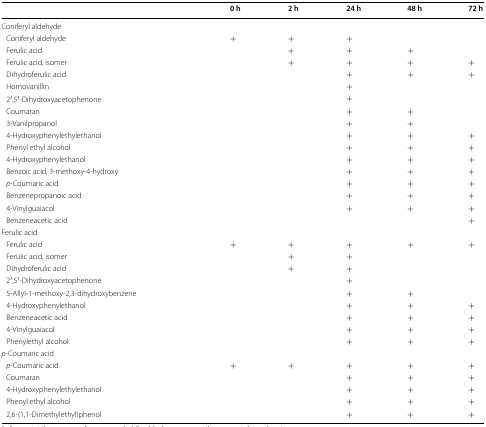
<table><thead><tr><td></td><td></td><td></td><td><b>0 h</b></td><td><b>2 h</b></td><td><b>24 h</b></td><td><b>48 h</b></td><td><b>72 h</b></td></tr></thead><tbody><tr><td colspan="8">Coniferyl aldehyde</td></tr><tr><td colspan="2"> Coniferyl aldehyde</td><td></td><td>+</td><td>+</td><td>+</td><td></td><td></td></tr><tr><td colspan="2"> Ferulic acid</td><td></td><td></td><td>+</td><td>+</td><td>+</td><td></td></tr><tr><td colspan="2"> Ferulic acid, isomer</td><td></td><td></td><td>+</td><td>+</td><td>+</td><td>+</td></tr><tr><td colspan="2"> Dihydroferulic acid</td><td></td><td></td><td></td><td>+</td><td>+</td><td>+</td></tr><tr><td colspan="2"> Homovanillin</td><td></td><td></td><td></td><td>+</td><td></td><td></td></tr><tr><td colspan="2"> 2′,5′-Dihydroxyacetophenone</td><td></td><td></td><td></td><td>+</td><td></td><td></td></tr><tr><td colspan="2"> Coumaran</td><td></td><td></td><td></td><td>+</td><td>+</td><td></td></tr><tr><td colspan="2"> 3-Vanilpropanol</td><td></td><td></td><td></td><td>+</td><td>+</td><td></td></tr><tr><td colspan="2"> 4-Hydroxyphenylethylethanol</td><td></td><td></td><td></td><td>+</td><td>+</td><td>+</td></tr><tr><td> Phenyl ethyl alcohol</td><td></td><td></td><td></td><td></td><td>+</td><td>+</td><td>+</td></tr><tr><td colspan="2"> 4-Hydroxyphenylethanol</td><td></td><td></td><td></td><td>+</td><td>+</td><td>+</td></tr><tr><td colspan="2"> Benzoic acid, 3-methoxy-4-hydroxy</td><td></td><td></td><td></td><td>+</td><td>+</td><td>+</td></tr><tr><td> <i>p</i>-Coumaric acid</td><td></td><td></td><td></td><td></td><td>+</td><td>+</td><td>+</td></tr><tr><td colspan="2"> Benzenepropanoic acid</td><td></td><td></td><td></td><td>+</td><td>+</td><td>+</td></tr><tr><td colspan="2"> 4-Vinylguaiacol</td><td></td><td></td><td></td><td>+</td><td>+</td><td>+</td></tr><tr><td> Benzeneacetic acid</td><td></td><td></td><td></td><td></td><td></td><td></td><td>+</td></tr><tr><td colspan="8">Ferulic acid</td></tr><tr><td colspan="2"> Ferulic acid</td><td></td><td>+</td><td>+</td><td>+</td><td>+</td><td>+</td></tr><tr><td colspan="2"> Ferulic acid, isomer</td><td></td><td></td><td>+</td><td>+</td><td></td><td></td></tr><tr><td colspan="2"> Dihydroferulic acid</td><td></td><td></td><td>+</td><td>+</td><td></td><td></td></tr><tr><td colspan="2"> 2′,5′-Dihydroxyacetophenone</td><td></td><td></td><td></td><td>+</td><td></td><td></td></tr><tr><td colspan="3"> 5-Allyl-1-methoxy-2,3-dihydroxybenzene</td><td></td><td></td><td>+</td><td>+</td><td></td></tr><tr><td colspan="2"> 4-Hydroxyphenylethanol</td><td></td><td></td><td></td><td>+</td><td>+</td><td>+</td></tr><tr><td> Benzeneacetic acid</td><td></td><td></td><td></td><td></td><td>+</td><td>+</td><td>+</td></tr><tr><td colspan="2"> 4-Vinylguaiacol</td><td></td><td></td><td></td><td>+</td><td>+</td><td>+</td></tr><tr><td colspan="2"> Phenylethyl alcohol</td><td></td><td></td><td></td><td>+</td><td>+</td><td>+</td></tr><tr><td colspan="8"><i>p</i>-Coumaric acid</td></tr><tr><td colspan="2"> <i>p</i>-Coumaric acid</td><td></td><td>+</td><td>+</td><td>+</td><td>+</td><td>+</td></tr><tr><td colspan="2"> Coumaran</td><td></td><td></td><td></td><td>+</td><td>+</td><td>+</td></tr><tr><td colspan="2"> 4-Hydroxyphenylethylethanol</td><td></td><td></td><td></td><td>+</td><td>+</td><td>+</td></tr><tr><td> Phenyl ethyl alcohol</td><td></td><td></td><td></td><td></td><td>+</td><td>+</td><td>+</td></tr><tr><td colspan="3"> 2,6-(1,1-Dimethylethyl)phenol</td><td></td><td></td><td>+</td><td>+</td><td>+</td></tr></tbody></table>